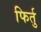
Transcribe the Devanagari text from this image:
फिर्तु